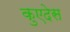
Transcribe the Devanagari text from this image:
कुएदेस